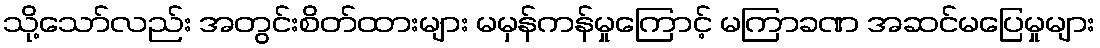
သို့သော်လည်း အတွင်းစိတ်ထားများ မမှန်ကန်မှုကြောင့် မကြာခဏ အဆင်မပြေမှုများ